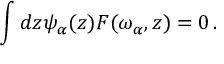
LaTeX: \int d z \psi _ { \alpha } ( z ) F ( \omega _ { \alpha } , z ) = 0 \, .